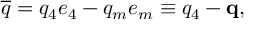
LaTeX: \overline { { { q } } } = q _ { 4 } e _ { 4 } - q _ { m } e _ { m } \equiv q _ { 4 } - \mathbf { q } ,